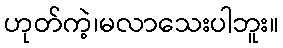
ဟုတ်ကဲ့၊မလာသေးပါဘူး။